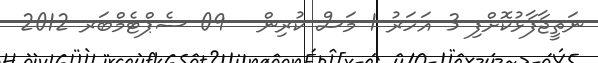
ނަތީޖާފާޅުކޮށްފި 3 އަހަރު 1 މަސް ކުރިން - 09 ސެޕްޓެމްބަރ 2012